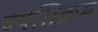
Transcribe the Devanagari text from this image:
ब्यतिक्रम